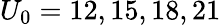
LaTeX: U_{0}=12,15,18,21